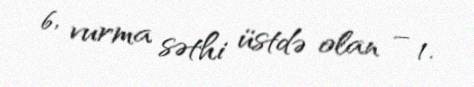
6, vurma səthi üstdə olan – 1.